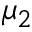
\mu _ { 2 }